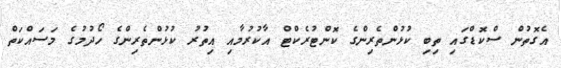
އެގޮތުން ސްކޮޑްގައި ތިބި ކުޅުންތެރިންގެ ކޮންޓުރެކްޓް އާކުރުމާއި އިތުރު ކުޅުންތެރިންގެ ހޯދުމުގެ މަސައްކަތް